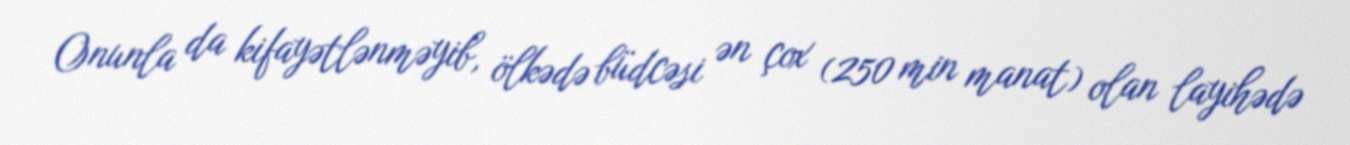
Onunla da kifayətlənməyib, ölkədə büdcəsi ən çox (250 min manat) olan layihədə